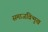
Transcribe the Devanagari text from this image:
समाजविन्मुख